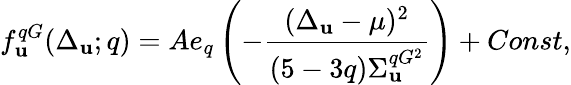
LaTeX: f_{\mathbf{u}}^{qG}(\Delta_{\mathbf{u}};q)=Ae_{q}\left(-\frac{{(\Delta_{\mathbf{u}}-\mu)^{2}}}{{(5-3q)\Sigma_{\mathbf{u}}^{qG^{2}}}}\right)+Const,